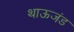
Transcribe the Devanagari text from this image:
थाऊजंड